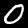
Digit: 0